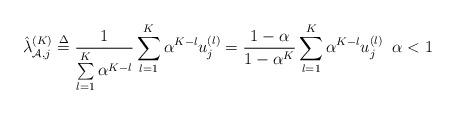
LaTeX: \begin{align*} \hat \lambda _{{\cal A},j}^{(K)} \buildrel \Delta \over = \frac{1}{{\sum\limits_{l = 1}^K {{\alpha ^{K - l}}} }}\sum\limits_{l = 1}^K {{\alpha ^{K - l}}u_j^{(l)}} = \frac{{1 - \alpha }}{{1 - {\alpha ^K}}}\sum\limits_{l = 1}^K {{\alpha ^{K - l}}u_j^{(l)}} \;\; \alpha<1\end{align*}